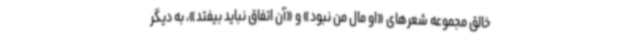
خالق مجموعه شعرهای «او مال من نبود» و «آن اتفاق نباید بیفتد»، به دیگر